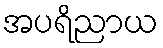
အပရိညာယ